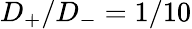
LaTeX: D_{+}/D_{-}=1/10